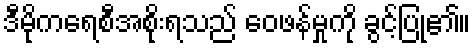
ဒီမိုကရေစီအစိုးရသည် ဝေဖန်မှုကို ခွင့်ပြု၏။